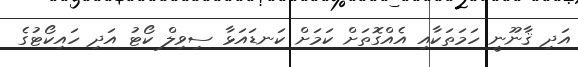
އަދި ޤާނޫނީ ހަމަތަކާއި އެއްގޮތަށް ކަމަށް ކަނޑައަޅާ ސިވިލް ކޯޓު އަދި ހައިކޯޓުގެ